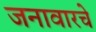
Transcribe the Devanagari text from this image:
जनावारचे